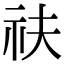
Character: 䃿